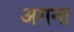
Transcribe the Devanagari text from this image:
अगना